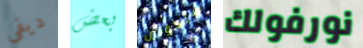
ديفي بعض ستكونين نورفولك